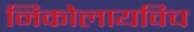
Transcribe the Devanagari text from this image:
निकोलायविच